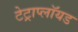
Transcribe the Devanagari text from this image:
टेट्राप्लॉयड